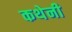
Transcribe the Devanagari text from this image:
कथेनी